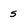
Character: S